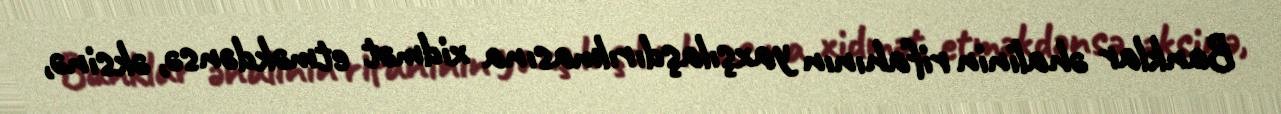
Banklar əhalinin rifahının yaxşılaşdırılmasına xidmət etməkdənsə, əksinə,